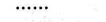
……